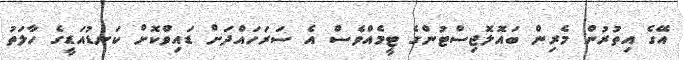
އޭގެ އިތުރުން މެރިން ބައޮލޮޖިސްޓުންގެ ޓީމެއްވެސް އެ ސަރަހައްދަށް ޑައިވްކޮށް ކަނޑުއަޑީގެ ހާލަތު